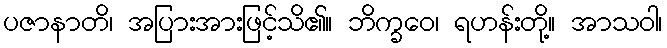
ပဇာနာတိ၊ အပြားအားဖြင့်သိ၏။ ဘိက္ခဝေ၊ ရဟန်းတို့။ အာသဝါ၊